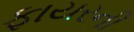
ફાયરની